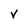
Character: v